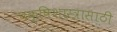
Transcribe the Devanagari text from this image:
पक्षिशास्त्रासाठी